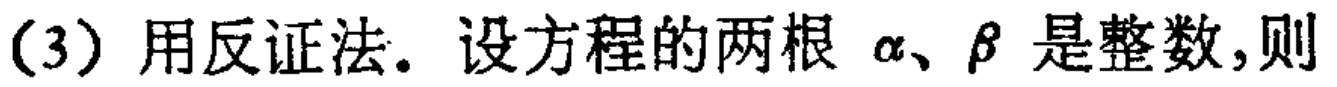
(3) 用反证法. 设方程的两根\(\alpha、\beta\)是整数,则